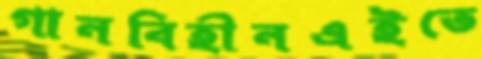
গানবিহীনএইতে